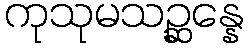
ကုသုမသဉ္ဆန္နေ